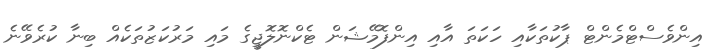
އިންވެސްޓްމެންޓް ޕާކުތަކާއި ހަކަތަ އާއި އިންފޮމޭޝަން ޓެކްނޮލޮޖީގެ މައި މަރުކަޒުތަކެއް ބިނާ ކުރެވޭނެ